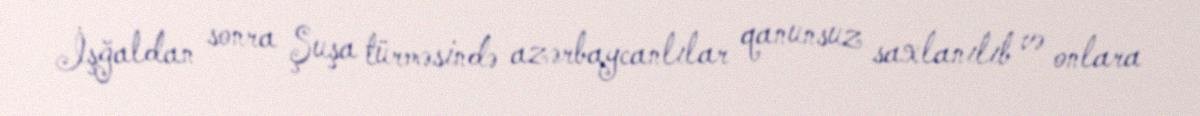
İşğaldan sonra Şuşa türməsində azərbaycanlılar qanunsuz saxlanılıb və onlara